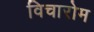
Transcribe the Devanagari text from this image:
विचारोम